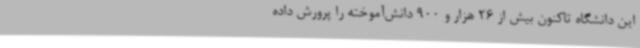
این دانشگاه تاکنون بیش از 26 هزار و 900 دانش‌آموخته را پرورش داده